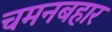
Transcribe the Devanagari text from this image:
चमनबहार